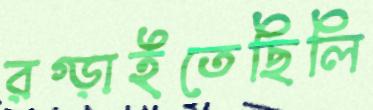
রগ্‌ড়াইতেছিলি